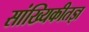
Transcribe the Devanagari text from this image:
सांख्यिकीतज्ञ